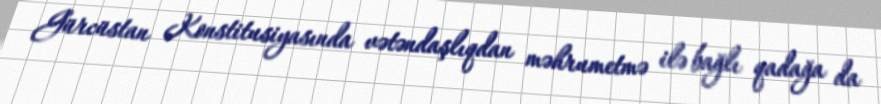
Gürcüstan Konstitusiyasında vətəndaşlıqdan məhrumetmə ilə bağlı qadağa da